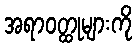
အရာဝတ္ထုများကို